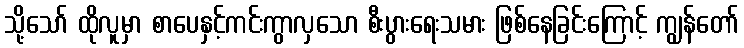
သို့သော် ထိုလူမှာ စာပေနှင့်ကင်းကွာလှသော စီးပွားရေးသမား ဖြစ်နေခြင်းကြောင့် ကျွန်တော်